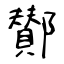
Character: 鄼